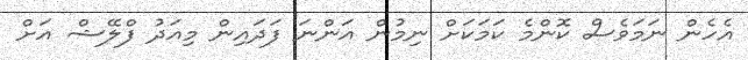
އެހެން ނަމަވެސް ކޮންމެ ކަމަކަށް ނިމުން އަންނަ ފަދައިން މިއަދު ފްލޭޝް އަށް